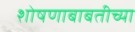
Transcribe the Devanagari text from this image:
शोषणाबाबतीच्या